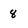
Character: 8